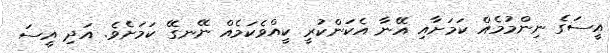
އީސަގެ ނިންމުމެއް ކަމަށާއި އޭނާ އެކަންކުރީ ކީއްވެކަމެއް ނޭނގޭ ކަމަށެވެ. އަދި އީސަ